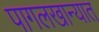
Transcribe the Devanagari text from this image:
पागलखान्यात